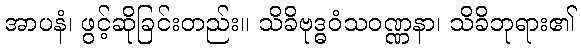
အာပနံ၊ ဖွင့်ဆိုခြင်းတည်း။ သိခိဗုဒ္ဓဝံသဝဏ္ဏနာ၊ သိခိဘုရား၏